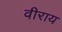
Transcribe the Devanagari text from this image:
वीराय